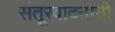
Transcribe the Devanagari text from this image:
संतूरवादनाची